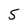
Character: 5